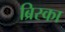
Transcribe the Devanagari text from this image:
ब्रिस्का